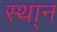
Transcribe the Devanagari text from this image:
स्था्न